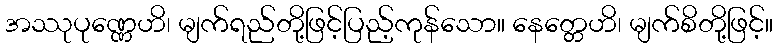
အဿုပုဏ္ဏေဟိ၊ မျက်ရည်တို့ဖြင့်ပြည့်ကုန်သော။ နေတ္တေဟိ၊ မျက်စိတို့ဖြင့်။